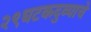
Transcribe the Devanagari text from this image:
२९घटकदुव्याचे